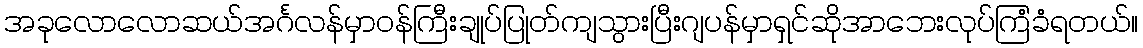
အခုလောလောဆယ်အင်္ဂလန်မှာဝန်ကြီးချုပ်ပြုတ်ကျသွားပြီးဂျပန်မှာရှင်ဆိုအာဘေးလုပ်ကြံခံရတယ်။